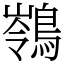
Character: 䳥